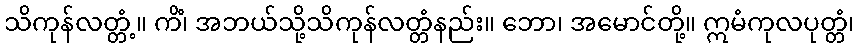
သိကုန်လတ္တံ့။ ကိံ၊ အဘယ်သို့သိကုန်လတ္တံနည်း။ ဘော၊ အမောင်တို့။ ဣမံကုလပုတ္တံ၊